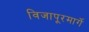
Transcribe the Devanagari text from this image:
विजापूरमार्गे